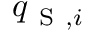
q _ { \mathrm { ~ S ~ } , i }